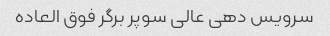
سرویس دهی عالی سوپر برگر فوق العاده